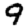
Digit: 9